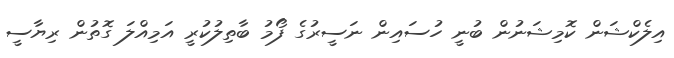
އިލެކްޝަން ކޮމިޝަނުން ބުނީ ހުސައިން ނަސީރުގެ ފޯމު ބާތިލުކުރީ އަމިއްލަ ގޮތުން ރިޔާސީ